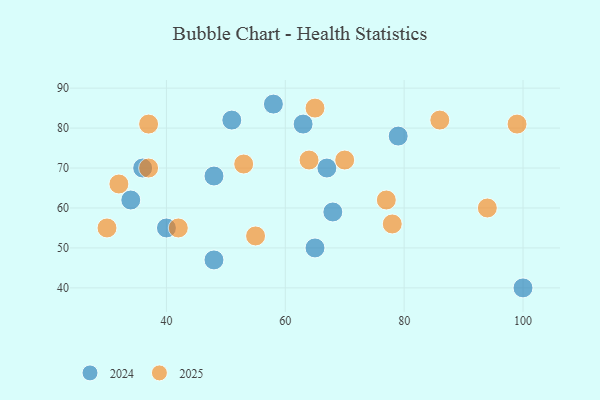
{"axis": {"x": "GDP", "y": "Life Expectancy"}, "legend": ["2024", "2025"], "data": [{"x": "86", "y": 82, "type": "2025"}, {"x": "30", "y": 55, "type": "2025"}, {"x": "64", "y": 72, "type": "2025"}, {"x": "65", "y": 85, "type": "2025"}, {"x": "42", "y": 55, "type": "2025"}, {"x": "37", "y": 70, "type": "2025"}, {"x": "78", "y": 56, "type": "2025"}, {"x": "55", "y": 53, "type": "2025"}, {"x": "99", "y": 81, "type": "2025"}, {"x": "37", "y": 81, "type": "2025"}, {"x": "32", "y": 66, "type": "2025"}, {"x": "94", "y": 60, "type": "2025"}, {"x": "53", "y": 71, "type": "2025"}, {"x": "77", "y": 62, "type": "2025"}, {"x": "70", "y": 72, "type": "2025"}, {"x": "34", "y": 62, "type": "2024"}, {"x": "36", "y": 70, "type": "2024"}, {"x": "63", "y": 81, "type": "2024"}, {"x": "68", "y": 59, "type": "2024"}, {"x": "100", "y": 40, "type": "2024"}, {"x": "67", "y": 70, "type": "2024"}, {"x": "48", "y": 68, "type": "2024"}, {"x": "51", "y": 82, "type": "2024"}, {"x": "48", "y": 47, "type": "2024"}, {"x": "65", "y": 50, "type": "2024"}, {"x": "58", "y": 86, "type": "2024"}, {"x": "79", "y": 78, "type": "2024"}, {"x": "40", "y": 55, "type": "2024"}]}